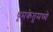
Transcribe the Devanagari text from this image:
धूमकेतूमध्ये